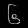
Digit: ၆